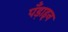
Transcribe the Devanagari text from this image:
पँड़ाइन